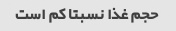
حجم غذا نسبتا کم است